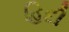
હિદી